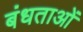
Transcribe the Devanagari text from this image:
बंधताओं